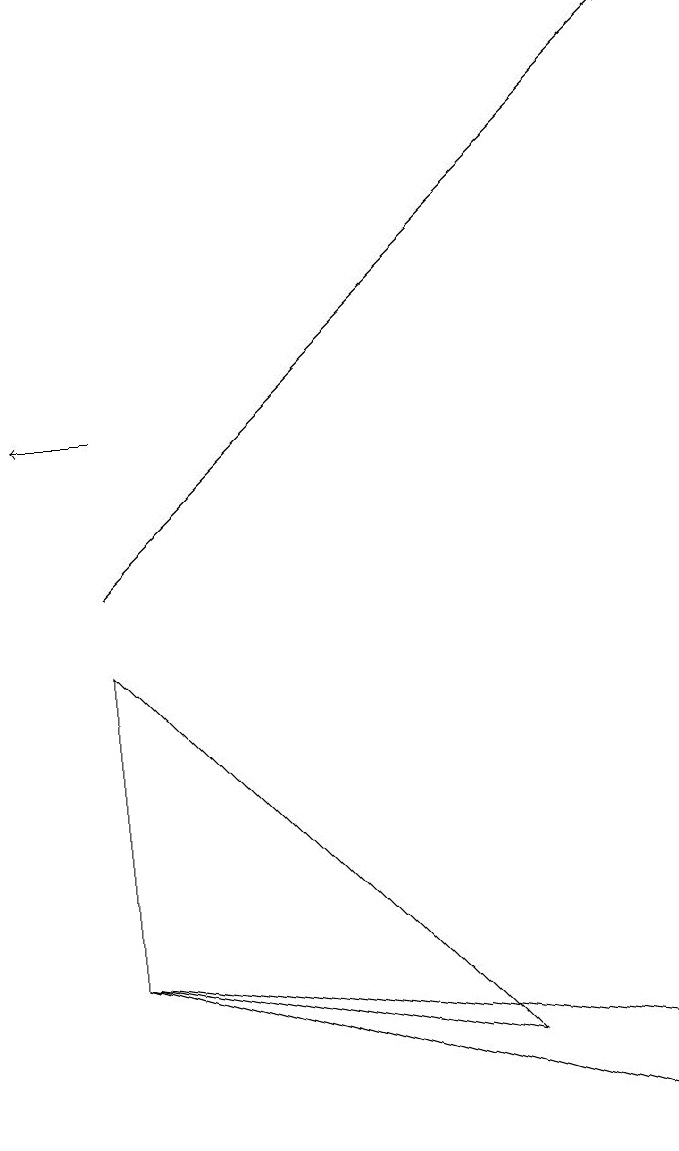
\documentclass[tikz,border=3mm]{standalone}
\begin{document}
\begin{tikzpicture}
\draw[->] (2,10) -- (9,17);
\draw (7,4) -- (2,9) -- (2,5) -- cycle;
\draw (9,4) -- (2,5) -- (9,3) -- cycle;
\draw[->] (2,12) -- (1,12);
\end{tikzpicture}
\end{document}